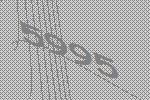
5995